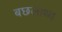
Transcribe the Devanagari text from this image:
बछलाथ्व